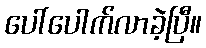
ပေါ်ပေါက်လာခဲ့ပြီ။